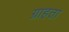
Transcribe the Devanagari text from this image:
ग्राहता